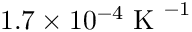
1 . 7 \times 1 0 ^ { - 4 } \mathrm { ~ K ~ } ^ { - 1 }